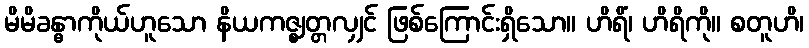
မိမိခန္ဓာကိုယ်ဟူသော နိယကဇ္ဈတ္တလျှင် ဖြစ်ကြောင်းရှိသော။ ဟိရိံ၊ ဟိရိကို။ စတူဟိ၊